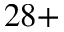
{ 2 8 + }